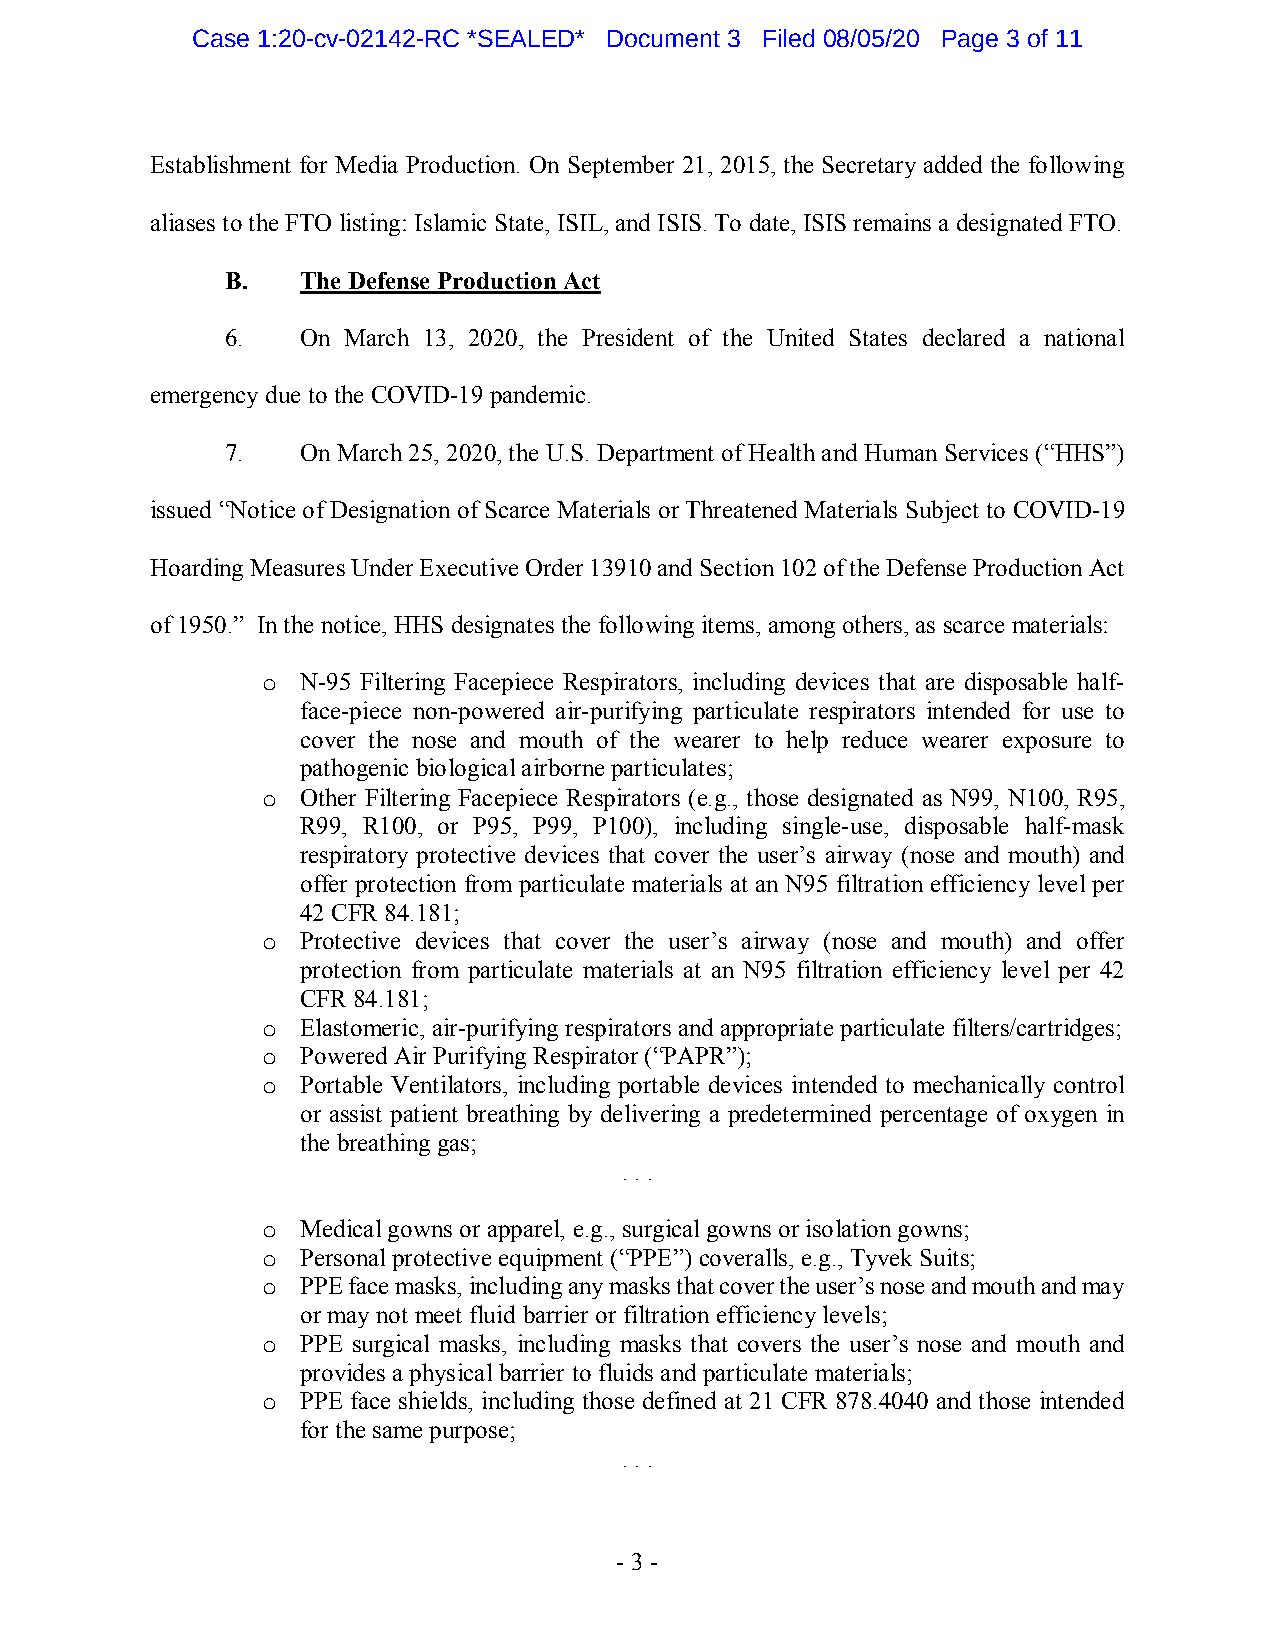
Case 1:20-cv-02142-RC *SEALED* Document 3 Filed 08/05/20 Page 3 of 11
 Establishment for Media Production. On September 21, 2015, the Secretary added the following
 aliases to the FTO listing: Islamic State, ISIL, and ISIS. To date, ISIS remains a designated FTO.
 B.   The Defense Production Act
 6.   On March 13, 2020, the President of the United States declared a national
 emergency due to the COVID-19 pandemic.
 7.   On March 25, 2020, the U.S. Department of Health and Human Services (“HHS”)
 issued “Notice of Designation of Scarce Materials or Threatened Materials Subject to COVID-19
 Hoarding Measures Under Executive Order 13910 and Section 102 of the Defense Production Act
 of 1950.” In the notice, HHS designates the following items, among others, as scarce materials:
 o  N-95 Filtering Facepiece Respirators, including devices that are disposable half-
 face-piece non-powered air-purifying particulate respirators intended for use to
 cover the nose and mouth of the wearer to help reduce wearer exposure to
 pathogenic biological airborne particulates;
 o  Other Filtering Facepiece Respirators (e.g., those designated as N99, N100, R95,
 R99, R100, or P95, P99, P100), including single-use, disposable half-mask
 respiratory protective devices that cover the user’s airway (nose and mouth) and
 offer protection from particulate materials at an N95 filtration efficiency level per
 42 CFR 84.181;
 o  Protective devices that cover the user’s airway (nose and mouth) and offer
 protection from particulate materials at an N95 filtration efficiency level per 42
 CFR 84.181;
 o  Elastomeric, air-purifying respirators and appropriate particulate filters/cartridges;
 o  Powered Air Purifying Respirator (“PAPR”);
 o  Portable Ventilators, including portable devices intended to mechanically control
 or assist patient breathing by delivering a predetermined percentage of oxygen in
 the breathing gas;
 . . .
 o  Medical gowns or apparel, e.g., surgical gowns or isolation gowns;
 o  Personal protective equipment (“PPE”) coveralls, e.g., Tyvek Suits;
 o  PPE face masks, including any masks that cover the user’s nose and mouth and may
 or may not meet fluid barrier or filtration efficiency levels;
 o  PPE surgical masks, including masks that covers the user’s nose and mouth and
 provides a physical barrier to fluids and particulate materials;
 o  PPE face shields, including those defined at 21 CFR 878.4040 and those intended
 for the same purpose;
 . . .
 - 3 -